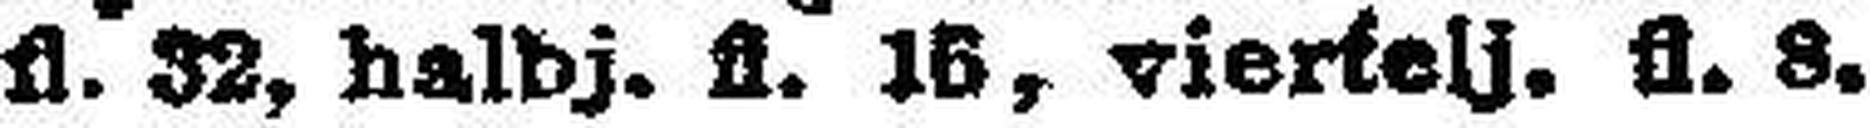
fl. 32, halbj. fl. 18, viertelj., fl. 8.